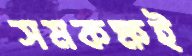
সমকক্ষই